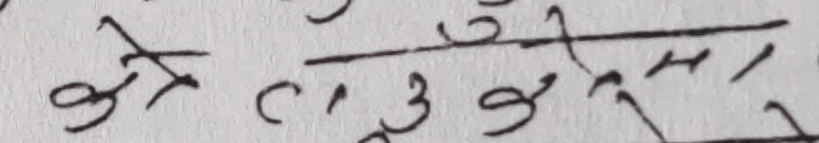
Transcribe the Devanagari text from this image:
को १/३ हो ।